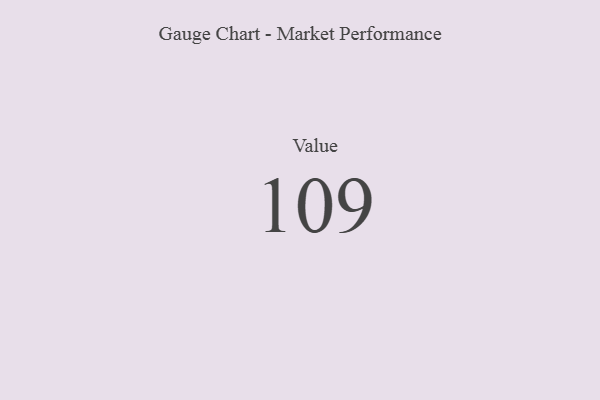
{"axis": {"x": "Metric", "y": "Value"}, "legend": [""], "data": [{"x": "Value", "y": 109, "type": ""}]}